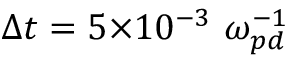
{ \Delta { t } } = 5 { \times } 1 0 ^ { - 3 } ~ { \omega } _ { p d } ^ { - 1 }